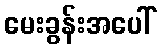
မေးခွန်းအပေါ်